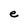
Character: e